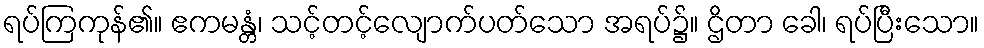
ရပ်ကြကုန်၏။ ဧကမန္တံ၊ သင့်တင့်လျောက်ပတ်သော အရပ်၌။ ဌိတာ ခေါ၊ ရပ်ပြီးသော။